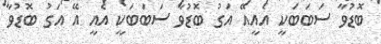
ބޮޑުވާ ސަބަބަކީ އެއީއޭ އަގު ބޮޑުވާ ސަބަބަކީ އެއީ އޭ އަގު ބޮޑުވާ